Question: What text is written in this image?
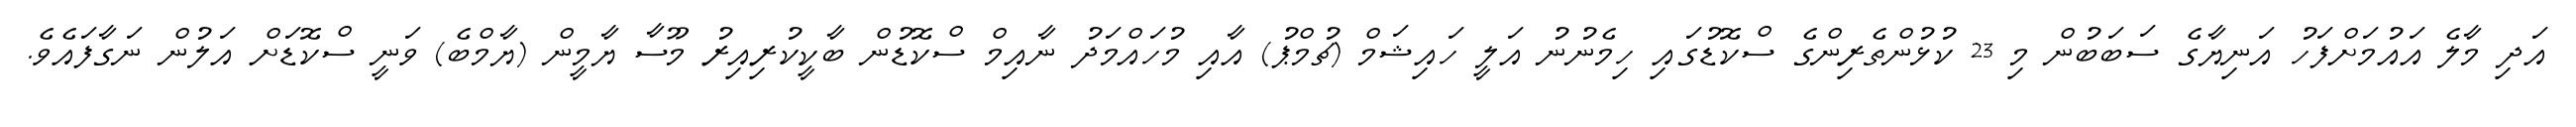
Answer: އަދި މާލެ އައުމަށްފަހު އަނިޔާގެ ސަބަބުން މި 23 ކުޅުންތެރިންގެ ސްކޮޑުގައި ހިމެނުނު އަލީ ހައިޝަމް (ޗުމްޕު) އާއި މުހައްމަދު ނާއިމް ސްކޮޑުން ބާކީކުރިއިރު މޫސާ ޔާމީން (ޔާމްބެ) ވަނީ ސްކޮޑަށް އަލުން ނަގާފައެވެ.